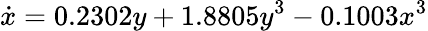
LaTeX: \dot{x}=0.2302y+1.8805y^{3}-0.1003x^{3}